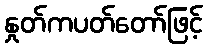
နှုတ်ကပတ်တော်ဖြင့်